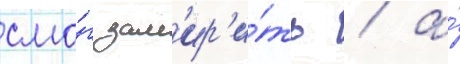
смо́г зам'ир'и́ть / а́